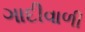
ગાદીવાળી